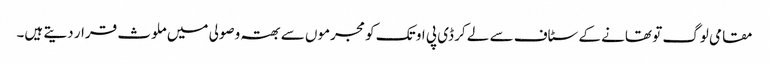
مقامی لوگ تو تھانے کے سٹاف سے لے کر ڈی پی او تک کو مجرموں سے بھتہ وصولی میں ملوث قرار دیتے ہیں۔